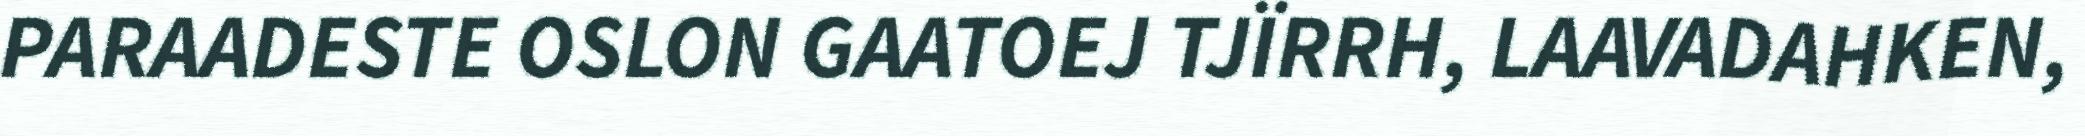
PARAADESTE OSLON GAATOEJ TJÏRRH, LAAVADAHKEN,